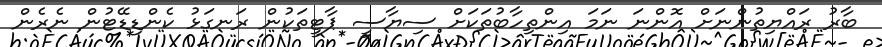
ބާރު ރައްޔިތުންނަށް އޮންނަ ނަމަ އިންތިހާބުތަކަށް ސިޔާސީ ޕާޓީތަކުން ރަނގަޅު ކެންޑިޑޭޓުން ނެރެން